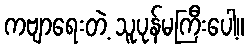
ကဗျာရေးတဲ့ သူပုန်မကြီးပေါ့။